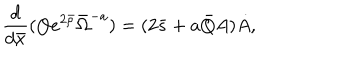
\frac { d } { d \bar { x } } ( Q e ^ { 2 \bar { \rho } } \bar { \Omega } ^ { - a } ) = ( 2 \bar { s } + a \bar { Q } A ) \dot { A } ,